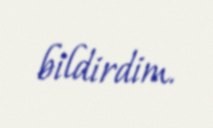
bildirdim.